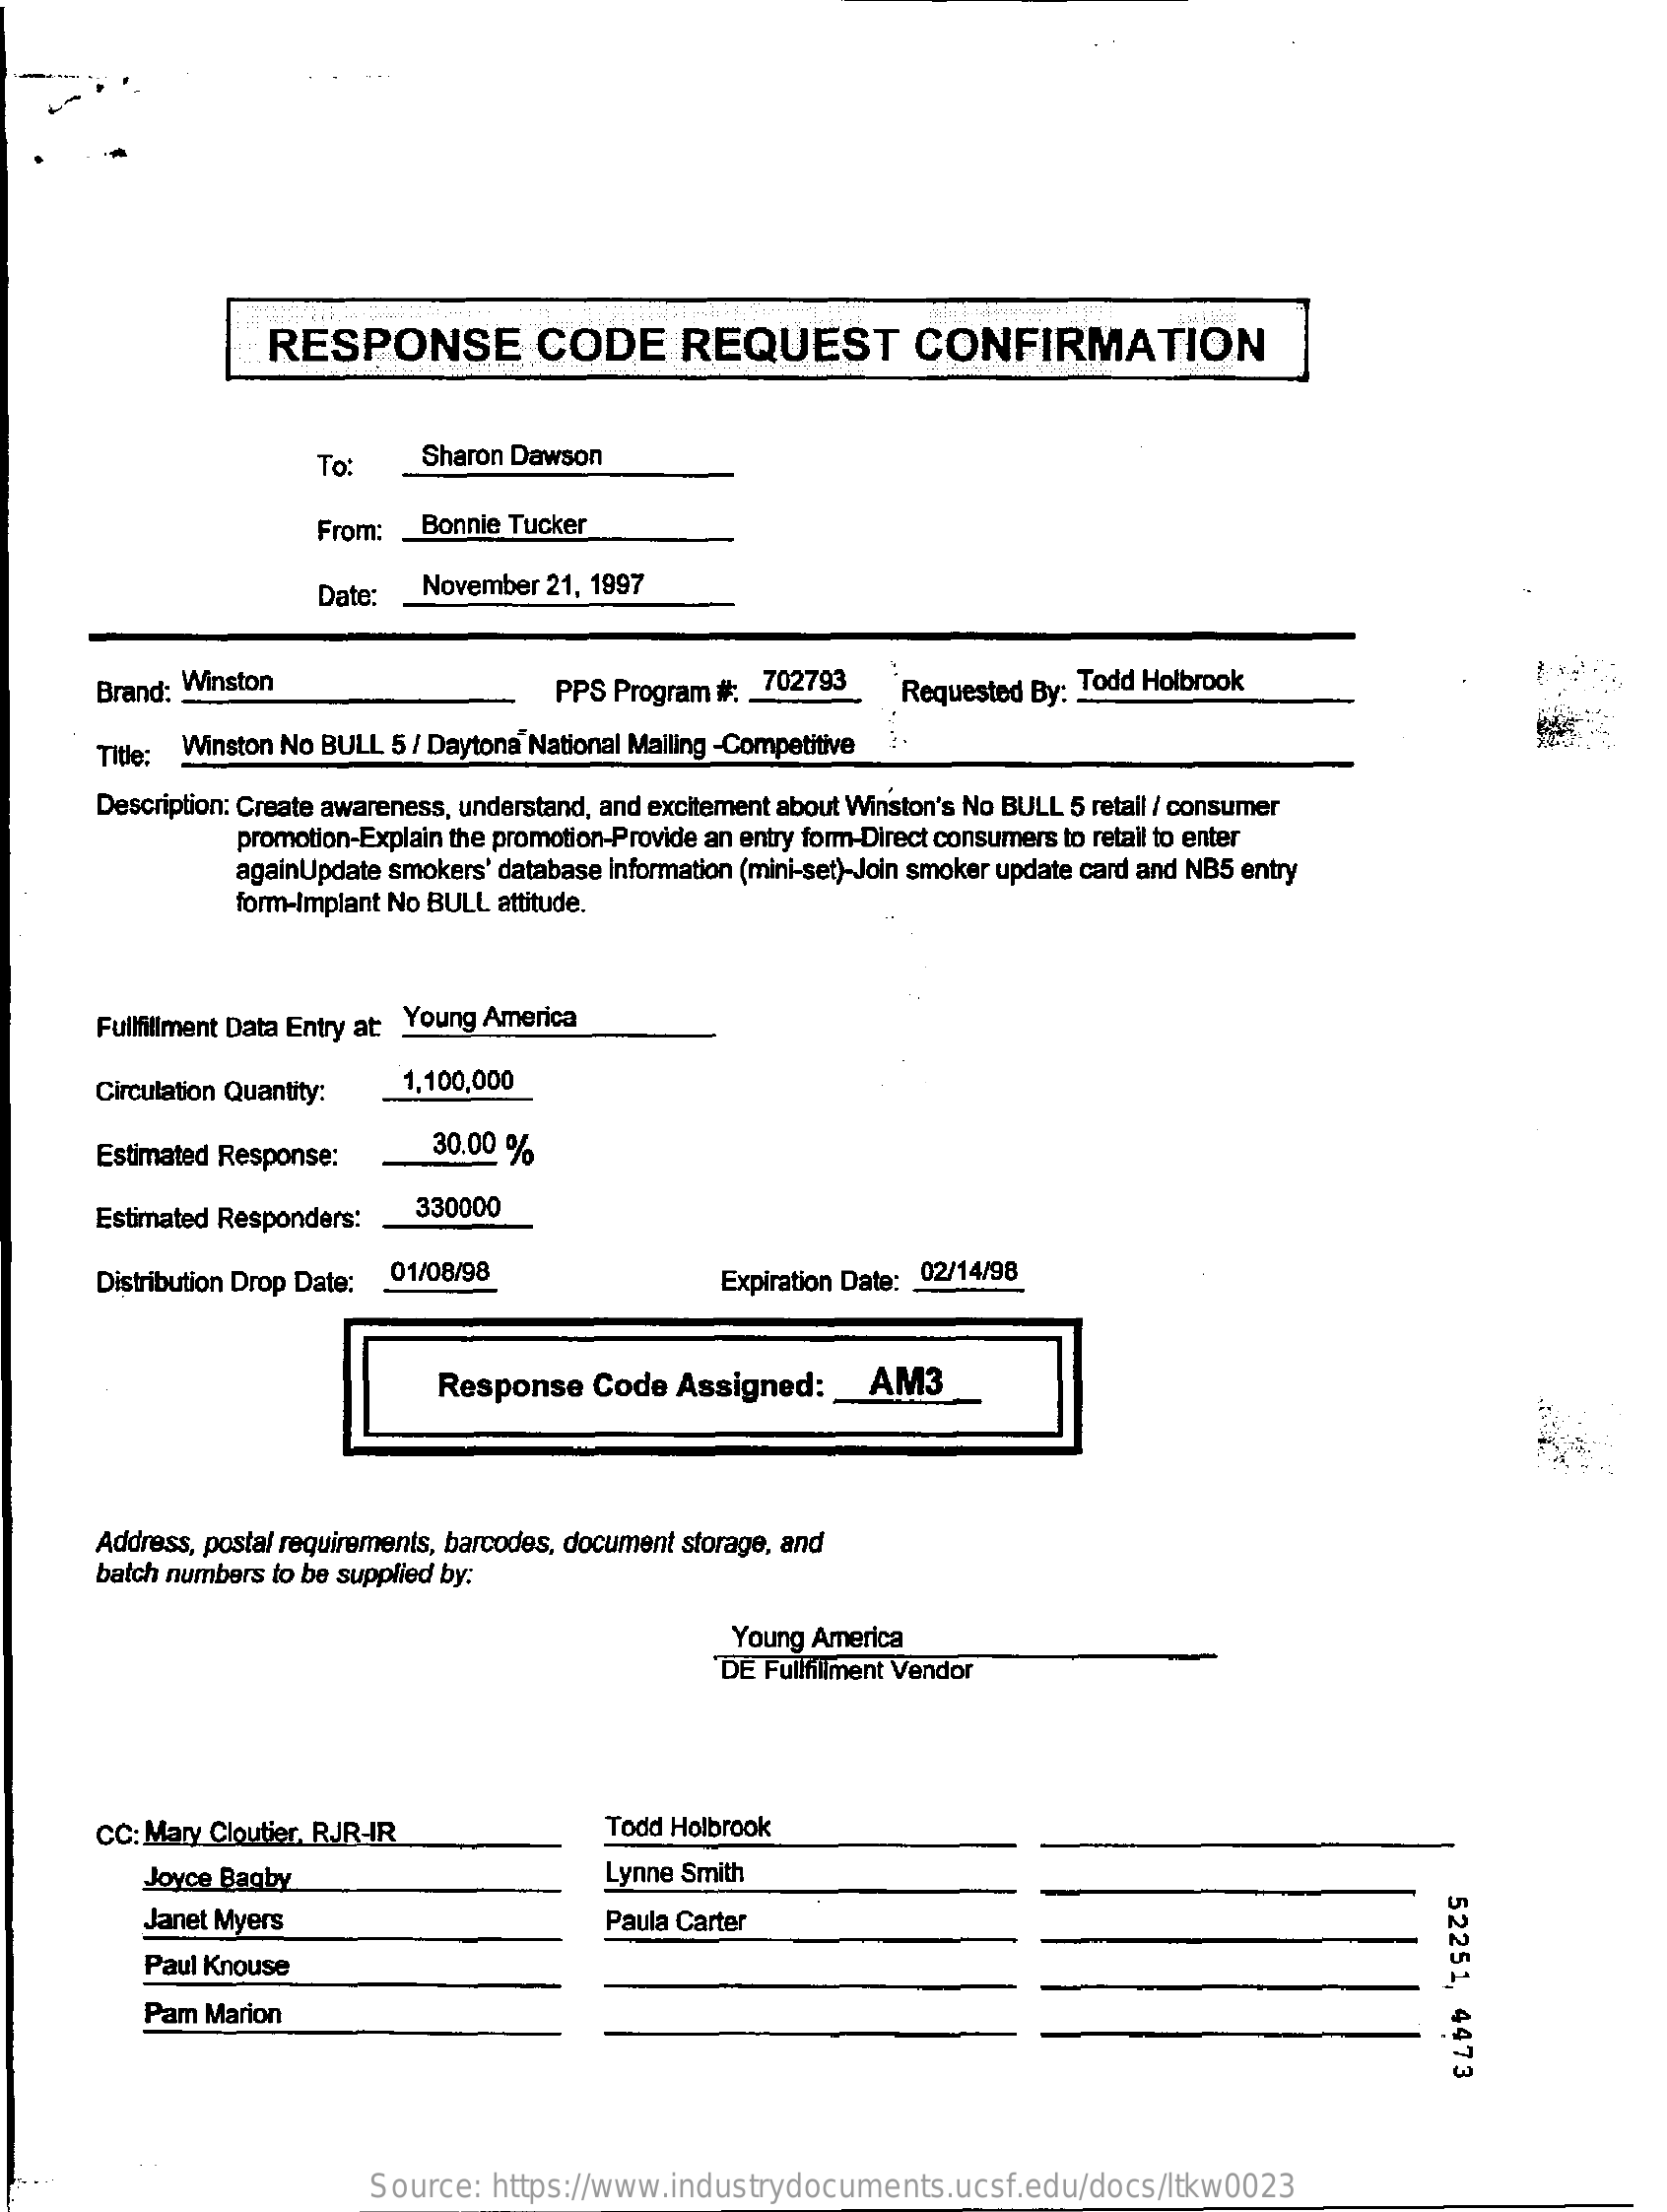
RESPONSE    CODE    REQUEST    CONFIRMATION
     To:    Sharon Dawson
     From:  Bonnie Tucker
     Date:  November 21, 1997
     Brand: Winston    PPS Program #: 702793    Requested By: Todd Holbrook
     Title: Winston No BULL 5 / Daytona National Mailing -Competitive
     Description: Create awareness, understand, and excitement about Winston's No BULL 5 retail / consumer
     promotion-Explain the promotion-Provide an entry form-Direct consumers to retail to enter
     againUpdate smokers' database information (mini-set)-Join smoker update card and NB5 entry
     form-Implant No BULL attitude.
     Fullfillment Data Entry at Young America
     Circulation Quantity:  1,100,000
     Estimated Response:    30.00 %
     Estimated Responders:  330000
     Distribution Drop Date: 01/08/98    Expiration Date: 02/14/98
     Response    Code  Assigned:    AM3
     Address, postal requirements, barcodes, document storage, and
     batch numbers to be supplied by:
     Young America
     DE Fullfiliment Vendor
     CC: Mary Cloutier, RJR-IR    Todd Holbrook
     Joyce Bagby    Lynne Smith
     52251,
     4473
     Janet Myers    Paula Carter
     Paul Knouse
     Pam Marion
     Source:  https://www.industrydocuments.ucsf.edu/docs/ltkw0023